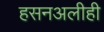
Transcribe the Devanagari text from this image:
हसनअलीही